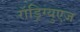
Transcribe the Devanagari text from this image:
रॉड्रिग्युएज़